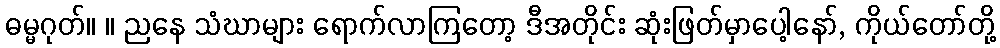
ဓမ္မဂုတ်။ ။ ညနေ သံဃာများ ရောက်လာကြတော့ ဒီအတိုင်း ဆုံးဖြတ်မှာပေါ့နော်, ကိုယ်တော်တို့